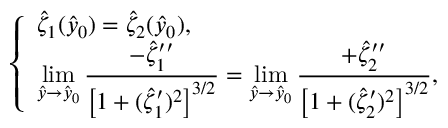
\left\{ \begin{array} { l l } { \hat { \zeta } _ { 1 } ( \hat { y } _ { 0 } ) = \hat { \zeta } _ { 2 } ( \hat { y } _ { 0 } ) , } \\ { \displaystyle \operatorname* { l i m } _ { \hat { y } \to \hat { y } _ { 0 } } \frac { - \hat { \zeta } _ { 1 } ^ { \prime \prime } } { \left[ 1 + ( \hat { \zeta } _ { 1 } ^ { \prime } ) ^ { 2 } \right] ^ { 3 / 2 } } = \displaystyle \operatorname* { l i m } _ { \hat { y } \to \hat { y } _ { 0 } } \frac { + \hat { \zeta } _ { 2 } ^ { \prime \prime } } { \left[ 1 + ( \hat { \zeta } _ { 2 } ^ { \prime } ) ^ { 2 } \right] ^ { 3 / 2 } } , } \end{array} \right.